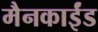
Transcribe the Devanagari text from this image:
मैनकाईंड